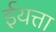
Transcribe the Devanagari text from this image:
ईयत्ता